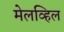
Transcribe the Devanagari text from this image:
मेलव्हिल